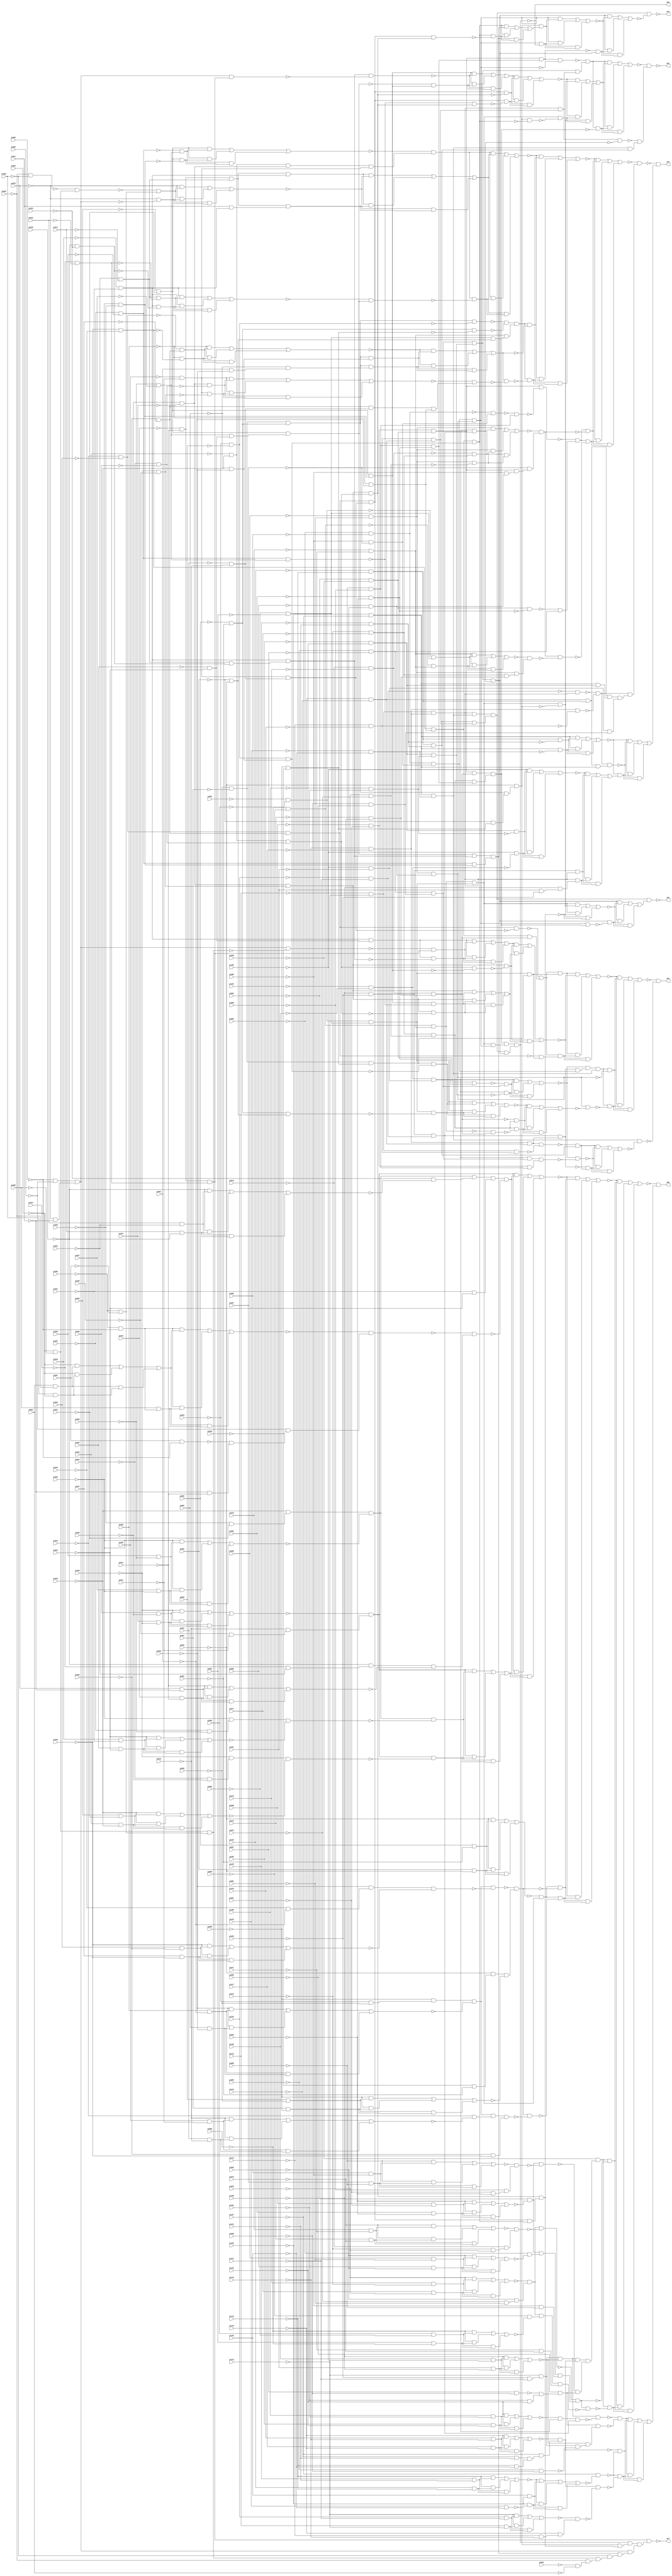
module priority_best_speed (
        pi000, pi001, pi002, pi003, pi004, pi005, pi006, pi007, pi008, pi009, pi010, pi011, pi012, pi013, pi014, pi015, pi016, pi017, pi018, pi019, pi020, pi021, pi022, pi023, pi024, pi025, pi026, pi027, pi028, pi029, pi030, pi031, pi032, pi033, pi034, pi035, pi036, pi037, pi038, pi039, pi040, pi041, pi042, pi043, pi044, pi045, pi046, pi047, pi048, pi049, pi050, pi051, pi052, pi053, pi054, pi055, pi056, pi057, pi058, pi059, pi060, pi061, pi062, pi063, pi064, pi065, pi066, pi067, pi068, pi069, pi070, pi071, pi072, pi073, pi074, pi075, pi076, pi077, pi078, pi079, pi080, pi081, pi082, pi083, pi084, pi085, pi086, pi087, pi088, pi089, pi090, pi091, pi092, pi093, pi094, pi095, pi096, pi097, pi098, pi099, pi100, pi101, pi102, pi103, pi104, pi105, pi106, pi107, pi108, pi109, pi110, pi111, pi112, pi113, pi114, pi115, pi116, pi117, pi118, pi119, pi120, pi121, pi122, pi123, pi124, pi125, pi126, pi127, 
        po0, po1, po2, po3, po4, po5, po6, po7);
input pi000, pi001, pi002, pi003, pi004, pi005, pi006, pi007, pi008, pi009, pi010, pi011, pi012, pi013, pi014, pi015, pi016, pi017, pi018, pi019, pi020, pi021, pi022, pi023, pi024, pi025, pi026, pi027, pi028, pi029, pi030, pi031, pi032, pi033, pi034, pi035, pi036, pi037, pi038, pi039, pi040, pi041, pi042, pi043, pi044, pi045, pi046, pi047, pi048, pi049, pi050, pi051, pi052, pi053, pi054, pi055, pi056, pi057, pi058, pi059, pi060, pi061, pi062, pi063, pi064, pi065, pi066, pi067, pi068, pi069, pi070, pi071, pi072, pi073, pi074, pi075, pi076, pi077, pi078, pi079, pi080, pi081, pi082, pi083, pi084, pi085, pi086, pi087, pi088, pi089, pi090, pi091, pi092, pi093, pi094, pi095, pi096, pi097, pi098, pi099, pi100, pi101, pi102, pi103, pi104, pi105, pi106, pi107, pi108, pi109, pi110, pi111, pi112, pi113, pi114, pi115, pi116, pi117, pi118, pi119, pi120, pi121, pi122, pi123, pi124, pi125, pi126, pi127;
output po0, po1, po2, po3, po4, po5, po6, po7;
wire one, w0, w1, w2, w3, w4, w5, w6, w7, w8, w9, w10, w11, w12, w13, w14, w15, w16, w17, w18, w19, w20, w21, w22, w23, w24, w25, w26, w27, w28, w29, w30, w31, w32, w33, w34, w35, w36, w37, w38, w39, w40, w41, w42, w43, w44, w45, w46, w47, w48, w49, w50, w51, w52, w53, w54, w55, w56, w57, w58, w59, w60, w61, w62, w63, w64, w65, w66, w67, w68, w69, w70, w71, w72, w73, w74, w75, w76, w77, w78, w79, w80, w81, w82, w83, w84, w85, w86, w87, w88, w89, w90, w91, w92, w93, w94, w95, w96, w97, w98, w99, w100, w101, w102, w103, w104, w105, w106, w107, w108, w109, w110, w111, w112, w113, w114, w115, w116, w117, w118, w119, w120, w121, w122, w123, w124, w125, w126, w127, w128, w129, w130, w131, w132, w133, w134, w135, w136, w137, w138, w139, w140, w141, w142, w143, w144, w145, w146, w147, w148, w149, w150, w151, w152, w153, w154, w155, w156, w157, w158, w159, w160, w161, w162, w163, w164, w165, w166, w167, w168, w169, w170, w171, w172, w173, w174, w175, w176, w177, w178, w179, w180, w181, w182, w183, w184, w185, w186, w187, w188, w189, w190, w191, w192, w193, w194, w195, w196, w197, w198, w199, w200, w201, w202, w203, w204, w205, w206, w207, w208, w209, w210, w211, w212, w213, w214, w215, w216, w217, w218, w219, w220, w221, w222, w223, w224, w225, w226, w227, w228, w229, w230, w231, w232, w233, w234, w235, w236, w237, w238, w239, w240, w241, w242, w243, w244, w245, w246, w247, w248, w249, w250, w251, w252, w253, w254, w255, w256, w257, w258, w259, w260, w261, w262, w263, w264, w265, w266, w267, w268, w269, w270, w271, w272, w273, w274, w275, w276, w277, w278, w279, w280, w281, w282, w283, w284, w285, w286, w287, w288, w289, w290, w291, w292, w293, w294, w295, w296, w297, w298, w299, w300, w301, w302, w303, w304, w305, w306, w307, w308, w309, w310, w311, w312, w313, w314, w315, w316, w317, w318, w319, w320, w321, w322, w323, w324, w325, w326, w327, w328, w329, w330, w331, w332, w333, w334, w335, w336, w337, w338, w339, w340, w341, w342, w343, w344, w345, w346, w347, w348, w349, w350, w351, w352, w353, w354, w355, w356, w357, w358, w359, w360, w361, w362, w363, w364, w365, w366, w367, w368, w369, w370, w371, w372, w373, w374, w375, w376, w377, w378, w379, w380, w381, w382, w383, w384, w385, w386, w387, w388, w389, w390, w391, w392, w393, w394, w395, w396, w397, w398, w399, w400, w401, w402, w403, w404, w405, w406, w407, w408, w409, w410, w411, w412, w413, w414, w415, w416, w417, w418, w419, w420, w421, w422, w423, w424, w425, w426, w427, w428, w429, w430, w431, w432, w433, w434, w435, w436, w437, w438, w439, w440, w441, w442, w443, w444, w445, w446, w447, w448, w449, w450, w451, w452, w453, w454, w455, w456, w457, w458, w459, w460, w461, w462, w463, w464, w465, w466, w467, w468, w469, w470, w471, w472, w473, w474, w475, w476, w477, w478, w479, w480, w481, w482, w483, w484, w485, w486, w487, w488, w489, w490, w491, w492, w493, w494, w495, w496, w497;
assign w0 = pi035 & ~pi036;
assign w1 = pi037 & ~pi038;
assign w2 = (~pi038 & w0) | (~pi038 & w1) | (w0 & w1);
assign w3 = ~pi039 & ~pi041;
assign w4 = ~pi043 & w3;
assign w5 = ~w2 & w4;
assign w6 = ~pi029 & ~pi031;
assign w7 = ~pi033 & w6;
assign w8 = pi025 & ~pi026;
assign w9 = pi027 & ~pi028;
assign w10 = (~pi028 & w8) | (~pi028 & w9) | (w8 & w9);
assign w11 = w7 & ~w10;
assign w12 = pi015 & ~pi016;
assign w13 = pi017 & ~pi018;
assign w14 = (~pi018 & w12) | (~pi018 & w13) | (w12 & w13);
assign w15 = ~pi019 & ~w14;
assign w16 = w11 & w15;
assign w17 = ~pi021 & ~pi023;
assign w18 = w16 & w17;
assign w19 = ~pi006 & ~pi008;
assign w20 = pi001 & ~pi002;
assign w21 = pi003 & ~pi004;
assign w22 = (~pi004 & w20) | (~pi004 & w21) | (w20 & w21);
assign w23 = pi005 & w19;
assign w24 = (w19 & w22) | (w19 & w23) | (w22 & w23);
assign w25 = pi007 & ~pi008;
assign w26 = ~pi011 & ~pi013;
assign w27 = ~w25 & w26;
assign w28 = ~pi009 & w27;
assign w29 = ~w24 & w28;
assign w30 = ~pi014 & ~pi016;
assign w31 = ~pi018 & w30;
assign w32 = pi010 & ~pi011;
assign w33 = pi012 & ~pi013;
assign w34 = (~pi013 & w32) | (~pi013 & w33) | (w32 & w33);
assign w35 = w31 & ~w34;
assign w36 = ~w29 & w35;
assign w37 = w18 & ~w36;
assign w38 = ~pi024 & ~pi026;
assign w39 = ~pi028 & w38;
assign w40 = pi020 & ~pi021;
assign w41 = pi022 & ~pi023;
assign w42 = (~pi023 & w40) | (~pi023 & w41) | (w40 & w41);
assign w43 = w39 & ~w42;
assign w44 = w11 & ~w43;
assign w45 = ~pi034 & ~pi036;
assign w46 = ~pi038 & w45;
assign w47 = pi030 & ~pi031;
assign w48 = pi032 & ~pi033;
assign w49 = (~pi033 & w47) | (~pi033 & w48) | (w47 & w48);
assign w50 = w46 & ~w49;
assign w51 = w5 & ~w50;
assign w52 = (w5 & w44) | (w5 & w51) | (w44 & w51);
assign w53 = (w5 & w37) | (w5 & w52) | (w37 & w52);
assign w54 = pi060 & ~pi061;
assign w55 = pi062 & ~pi063;
assign w56 = (~pi063 & w54) | (~pi063 & w55) | (w54 & w55);
assign w57 = ~pi068 & ~pi069;
assign w58 = ~pi070 & ~pi071;
assign w59 = w57 & w58;
assign w60 = ~pi064 & ~pi065;
assign w61 = ~pi066 & ~pi067;
assign w62 = w60 & w61;
assign w63 = w59 & w62;
assign w64 = ~w56 & w63;
assign w65 = ~pi054 & ~pi056;
assign w66 = ~pi058 & w65;
assign w67 = pi050 & ~pi051;
assign w68 = pi052 & ~pi053;
assign w69 = (~pi053 & w67) | (~pi053 & w68) | (w67 & w68);
assign w70 = w66 & ~w69;
assign w71 = ~pi049 & ~pi051;
assign w72 = ~pi053 & w71;
assign w73 = pi045 & ~pi046;
assign w74 = pi047 & ~pi048;
assign w75 = (~pi048 & w73) | (~pi048 & w74) | (w73 & w74);
assign w76 = w72 & ~w75;
assign w77 = w70 & ~w76;
assign w78 = ~pi059 & ~pi061;
assign w79 = ~pi063 & w78;
assign w80 = pi055 & ~pi056;
assign w81 = pi057 & ~pi058;
assign w82 = (~pi058 & w80) | (~pi058 & w81) | (w80 & w81);
assign w83 = w79 & ~w82;
assign w84 = ~w77 & w83;
assign w85 = w64 & ~w84;
assign w86 = pi040 & ~pi041;
assign w87 = pi042 & ~pi043;
assign w88 = (~pi043 & w86) | (~pi043 & w87) | (w86 & w87);
assign w89 = ~pi044 & ~w88;
assign w90 = w70 & w89;
assign w91 = ~pi046 & ~pi048;
assign w92 = w90 & w91;
assign w93 = w84 & ~w92;
assign w94 = w64 & ~w93;
assign w95 = (~w53 & w85) | (~w53 & w94) | (w85 & w94);
assign w96 = ~pi109 & ~pi111;
assign w97 = ~pi113 & w96;
assign w98 = pi105 & ~pi106;
assign w99 = pi107 & ~pi108;
assign w100 = (~pi108 & w98) | (~pi108 & w99) | (w98 & w99);
assign w101 = w97 & ~w100;
assign w102 = pi115 & ~pi116;
assign w103 = pi117 & ~pi118;
assign w104 = (~pi118 & w102) | (~pi118 & w103) | (w102 & w103);
assign w105 = ~pi119 & ~pi121;
assign w106 = ~pi123 & ~pi125;
assign w107 = w105 & w106;
assign w108 = ~pi127 & w107;
assign w109 = ~w104 & w108;
assign w110 = w101 & w109;
assign w111 = pi090 & ~pi091;
assign w112 = pi092 & ~pi093;
assign w113 = (~pi093 & w111) | (~pi093 & w112) | (w111 & w112);
assign w114 = ~pi094 & ~w113;
assign w115 = pi085 & ~pi086;
assign w116 = pi087 & ~pi088;
assign w117 = (~pi088 & w115) | (~pi088 & w116) | (w115 & w116);
assign w118 = ~pi091 & ~pi093;
assign w119 = ~pi089 & w118;
assign w120 = ~w117 & w119;
assign w121 = w114 & ~w120;
assign w122 = pi097 & ~pi098;
assign w123 = ~pi101 & ~pi103;
assign w124 = ~w122 & w123;
assign w125 = ~pi099 & w124;
assign w126 = ~w121 & w125;
assign w127 = w110 & w126;
assign w128 = ~pi095 & w127;
assign w129 = pi075 & ~pi076;
assign w130 = pi077 & ~pi078;
assign w131 = (~pi078 & w129) | (~pi078 & w130) | (w129 & w130);
assign w132 = ~pi079 & ~pi081;
assign w133 = ~pi083 & w132;
assign w134 = ~w131 & w133;
assign w135 = pi070 & ~pi071;
assign w136 = pi072 & ~pi073;
assign w137 = (~pi073 & w135) | (~pi073 & w136) | (w135 & w136);
assign w138 = ~pi076 & ~pi078;
assign w139 = ~pi074 & w138;
assign w140 = ~w137 & w139;
assign w141 = w134 & ~w140;
assign w142 = pi080 & ~pi081;
assign w143 = pi082 & ~pi083;
assign w144 = (~pi083 & w142) | (~pi083 & w143) | (w142 & w143);
assign w145 = ~pi084 & ~w144;
assign w146 = w114 & w145;
assign w147 = ~pi086 & ~pi088;
assign w148 = w146 & w147;
assign w149 = ~w141 & w148;
assign w150 = w128 & ~w149;
assign w151 = pi065 & ~pi066;
assign w152 = pi067 & ~pi068;
assign w153 = (~pi068 & w151) | (~pi068 & w152) | (w151 & w152);
assign w154 = ~pi069 & ~w153;
assign w155 = w134 & w154;
assign w156 = ~pi071 & ~pi073;
assign w157 = w155 & w156;
assign w158 = w149 & ~w157;
assign w159 = w128 & ~w158;
assign w160 = (~w95 & w150) | (~w95 & w159) | (w150 & w159);
assign w161 = pi100 & ~pi101;
assign w162 = pi102 & ~pi103;
assign w163 = (~pi103 & w161) | (~pi103 & w162) | (w161 & w162);
assign w164 = ~pi104 & ~pi105;
assign w165 = ~pi106 & ~pi107;
assign w166 = w164 & w165;
assign w167 = ~w163 & w166;
assign w168 = ~pi108 & ~pi109;
assign w169 = ~pi110 & ~pi111;
assign w170 = w168 & w169;
assign w171 = w167 & w170;
assign w172 = w101 & ~w171;
assign w173 = ~pi096 & ~pi098;
assign w174 = w97 & ~w173;
assign w175 = ~w100 & w174;
assign w176 = w125 & w175;
assign w177 = ~w172 & ~w176;
assign w178 = pi120 & ~pi121;
assign w179 = pi122 & ~pi123;
assign w180 = (~pi123 & w178) | (~pi123 & w179) | (w178 & w179);
assign w181 = pi125 & ~pi126;
assign w182 = pi124 & ~pi125;
assign w183 = ~pi126 & ~w182;
assign w184 = (~w180 & w181) | (~w180 & w183) | (w181 & w183);
assign w185 = ~pi127 & ~w184;
assign w186 = ~w109 & ~w185;
assign w187 = pi110 & ~pi111;
assign w188 = pi112 & ~pi113;
assign w189 = (~pi113 & w187) | (~pi113 & w188) | (w187 & w188);
assign w190 = ~pi114 & ~pi116;
assign w191 = ~pi118 & w190;
assign w192 = ~w189 & w191;
assign w193 = w109 & ~w192;
assign w194 = ~w185 & ~w193;
assign w195 = (w177 & w186) | (w177 & w194) | (w186 & w194);
assign w196 = ~w160 & w195;
assign w197 = ~pi030 & ~pi031;
assign w198 = ~pi024 & ~pi025;
assign w199 = ~pi026 & ~pi027;
assign w200 = ~w198 & w199;
assign w201 = ~pi028 & ~pi029;
assign w202 = w197 & ~w201;
assign w203 = (w197 & w200) | (w197 & w202) | (w200 & w202);
assign w204 = ~pi032 & ~pi033;
assign w205 = ~pi036 & ~pi037;
assign w206 = w204 & w205;
assign w207 = ~pi040 & ~pi041;
assign w208 = w206 & w207;
assign w209 = ~w203 & w208;
assign w210 = ~pi012 & ~pi013;
assign w211 = ~pi016 & ~pi017;
assign w212 = w210 & w211;
assign w213 = ~pi020 & ~pi021;
assign w214 = w212 & w213;
assign w215 = ~pi002 & ~pi003;
assign w216 = ~pi004 & ~pi005;
assign w217 = ~w215 & w216;
assign w218 = ~pi006 & ~pi007;
assign w219 = ~w217 & w218;
assign w220 = ~pi008 & ~pi009;
assign w221 = ~pi010 & ~pi011;
assign w222 = w220 & w221;
assign w223 = ~pi010 & ~w222;
assign w224 = (~pi010 & w219) | (~pi010 & w223) | (w219 & w223);
assign w225 = pi011 & w213;
assign w226 = w212 & w225;
assign w227 = (w214 & ~w224) | (w214 & w226) | (~w224 & w226);
assign w228 = ~pi014 & ~pi015;
assign w229 = w211 & ~w228;
assign w230 = ~pi018 & ~pi019;
assign w231 = w213 & ~w230;
assign w232 = (w213 & w229) | (w213 & w231) | (w229 & w231);
assign w233 = ~pi022 & ~pi023;
assign w234 = w199 & w233;
assign w235 = w197 & w234;
assign w236 = ~w232 & w235;
assign w237 = w209 & ~w236;
assign w238 = (w209 & w227) | (w209 & w237) | (w227 & w237);
assign w239 = ~pi056 & ~pi057;
assign w240 = ~pi060 & ~pi061;
assign w241 = w239 & w240;
assign w242 = ~pi054 & ~pi055;
assign w243 = w241 & ~w242;
assign w244 = ~pi058 & ~pi059;
assign w245 = w240 & ~w244;
assign w246 = ~w243 & ~w245;
assign w247 = ~pi062 & ~pi063;
assign w248 = w61 & w247;
assign w249 = w58 & w248;
assign w250 = w246 & w249;
assign w251 = ~pi044 & ~pi045;
assign w252 = ~pi046 & ~pi047;
assign w253 = ~w251 & w252;
assign w254 = ~pi048 & ~pi049;
assign w255 = ~pi050 & ~w254;
assign w256 = (~pi050 & w253) | (~pi050 & w255) | (w253 & w255);
assign w257 = ~pi052 & ~pi053;
assign w258 = w241 & w257;
assign w259 = pi051 & ~pi053;
assign w260 = ~pi052 & w259;
assign w261 = w241 & w260;
assign w262 = (~w256 & w258) | (~w256 & w261) | (w258 & w261);
assign w263 = w250 & ~w262;
assign w264 = ~pi034 & ~pi035;
assign w265 = w205 & ~w264;
assign w266 = ~pi038 & ~pi039;
assign w267 = w207 & ~w266;
assign w268 = (w207 & w265) | (w207 & w267) | (w265 & w267);
assign w269 = ~pi042 & ~pi043;
assign w270 = w252 & w269;
assign w271 = ~pi050 & ~pi051;
assign w272 = w270 & w271;
assign w273 = ~w268 & w272;
assign w274 = w262 & ~w273;
assign w275 = w250 & ~w274;
assign w276 = (~w238 & w263) | (~w238 & w275) | (w263 & w275);
assign w277 = ~pi090 & ~pi091;
assign w278 = ~pi094 & ~pi095;
assign w279 = w277 & w278;
assign w280 = ~pi084 & ~pi085;
assign w281 = ~pi086 & ~pi087;
assign w282 = ~w280 & w281;
assign w283 = ~pi088 & ~pi089;
assign w284 = ~w282 & w283;
assign w285 = w279 & ~w284;
assign w286 = ~pi092 & ~pi093;
assign w287 = w278 & ~w286;
assign w288 = ~pi096 & ~pi097;
assign w289 = ~w287 & w288;
assign w290 = ~w285 & w289;
assign w291 = ~pi080 & ~pi081;
assign w292 = ~pi074 & ~pi075;
assign w293 = ~pi076 & ~pi077;
assign w294 = ~w292 & w293;
assign w295 = ~pi078 & ~pi079;
assign w296 = w291 & ~w295;
assign w297 = (w291 & w294) | (w291 & w296) | (w294 & w296);
assign w298 = ~pi082 & ~pi083;
assign w299 = ~pi086 & w298;
assign w300 = w279 & w299;
assign w301 = ~pi087 & w300;
assign w302 = ~w297 & w301;
assign w303 = w290 & ~w302;
assign w304 = ~w60 & w61;
assign w305 = ~w57 & w58;
assign w306 = (w58 & w304) | (w58 & w305) | (w304 & w305);
assign w307 = ~pi072 & ~pi073;
assign w308 = w293 & w307;
assign w309 = w291 & w308;
assign w310 = ~w306 & w309;
assign w311 = w302 & ~w310;
assign w312 = w290 & ~w311;
assign w313 = (~w276 & w303) | (~w276 & w312) | (w303 & w312);
assign w314 = ~pi112 & ~pi113;
assign w315 = ~pi116 & ~pi117;
assign w316 = w314 & w315;
assign w317 = ~w169 & w316;
assign w318 = ~pi114 & ~pi115;
assign w319 = w315 & ~w318;
assign w320 = ~w317 & ~w319;
assign w321 = ~pi118 & ~pi119;
assign w322 = ~pi122 & ~pi123;
assign w323 = w321 & w322;
assign w324 = ~pi126 & ~pi127;
assign w325 = ~pi102 & ~pi103;
assign w326 = w324 & w325;
assign w327 = w323 & w326;
assign w328 = ~pi098 & ~pi099;
assign w329 = w165 & w328;
assign w330 = w327 & w329;
assign w331 = w320 & w330;
assign w332 = ~w313 & w331;
assign w333 = ~pi120 & ~pi121;
assign w334 = w322 & ~w333;
assign w335 = ~pi124 & ~pi125;
assign w336 = w324 & ~w335;
assign w337 = (w324 & w334) | (w324 & w336) | (w334 & w336);
assign w338 = w323 & w324;
assign w339 = w320 & w338;
assign w340 = ~pi100 & ~pi101;
assign w341 = w325 & ~w340;
assign w342 = ~pi106 & ~w164;
assign w343 = (~pi106 & w341) | (~pi106 & w342) | (w341 & w342);
assign w344 = w168 & w316;
assign w345 = pi107 & ~pi109;
assign w346 = ~pi108 & w345;
assign w347 = w316 & w346;
assign w348 = (~w343 & w344) | (~w343 & w347) | (w344 & w347);
assign w349 = ~w337 & w348;
assign w350 = (~w337 & ~w339) | (~w337 & w349) | (~w339 & w349);
assign w351 = ~w332 & w350;
assign w352 = w251 & w252;
assign w353 = w207 & w269;
assign w354 = w352 & ~w353;
assign w355 = w254 & w271;
assign w356 = w292 & w307;
assign w357 = w355 & w356;
assign w358 = ~w354 & w357;
assign w359 = w239 & w244;
assign w360 = w62 & w359;
assign w361 = w358 & w360;
assign w362 = w213 & w233;
assign w363 = w216 & w218;
assign w364 = w222 & ~w363;
assign w365 = w210 & w228;
assign w366 = ~w364 & w365;
assign w367 = w211 & w230;
assign w368 = w213 & w367;
assign w369 = w362 & ~w368;
assign w370 = (w362 & w366) | (w362 & w369) | (w366 & w369);
assign w371 = w205 & w266;
assign w372 = w204 & w264;
assign w373 = w197 & w201;
assign w374 = w372 & ~w373;
assign w375 = w371 & ~w374;
assign w376 = w198 & w199;
assign w377 = w373 & ~w376;
assign w378 = w371 & ~w372;
assign w379 = (w371 & w377) | (w371 & w378) | (w377 & w378);
assign w380 = (w370 & w375) | (w370 & w379) | (w375 & w379);
assign w381 = ~w352 & w360;
assign w382 = w358 & w381;
assign w383 = (w361 & ~w380) | (w361 & w382) | (~w380 & w382);
assign w384 = w278 & w286;
assign w385 = w288 & w328;
assign w386 = ~w384 & w385;
assign w387 = w325 & w340;
assign w388 = w166 & ~w387;
assign w389 = (w166 & w386) | (w166 & w388) | (w386 & w388);
assign w390 = w315 & w321;
assign w391 = w170 & w390;
assign w392 = w280 & w281;
assign w393 = w391 & w392;
assign w394 = ~w389 & w393;
assign w395 = w324 & w335;
assign w396 = w394 & w395;
assign w397 = w291 & w298;
assign w398 = w396 & ~w397;
assign w399 = w242 & w257;
assign w400 = w359 & ~w399;
assign w401 = w240 & w247;
assign w402 = w62 & ~w401;
assign w403 = (w62 & w400) | (w62 & w402) | (w400 & w402);
assign w404 = w293 & w295;
assign w405 = ~w356 & w404;
assign w406 = ~w59 & w356;
assign w407 = w404 & ~w406;
assign w408 = (~w403 & w405) | (~w403 & w407) | (w405 & w407);
assign w409 = w397 & ~w408;
assign w410 = w396 & ~w409;
assign w411 = (~w383 & w398) | (~w383 & w410) | (w398 & w410);
assign w412 = w314 & w318;
assign w413 = w390 & ~w412;
assign w414 = w322 & w333;
assign w415 = ~w413 & w414;
assign w416 = w166 & w385;
assign w417 = w277 & w283;
assign w418 = w416 & w417;
assign w419 = ~w389 & ~w418;
assign w420 = ~w391 & w415;
assign w421 = (w415 & ~w419) | (w415 & w420) | (~w419 & w420);
assign w422 = w395 & ~w421;
assign w423 = ~w411 & ~w422;
assign w424 = w283 & w286;
assign w425 = w279 & w424;
assign w426 = w392 & w397;
assign w427 = w425 & ~w426;
assign w428 = w385 & w387;
assign w429 = w318 & w321;
assign w430 = w316 & w429;
assign w431 = w428 & w430;
assign w432 = ~w427 & w431;
assign w433 = w222 & w365;
assign w434 = w368 & ~w433;
assign w435 = ~w235 & w373;
assign w436 = (w373 & ~w434) | (w373 & w435) | (~w434 & w435);
assign w437 = w352 & w353;
assign w438 = w371 & w372;
assign w439 = w437 & ~w438;
assign w440 = ~w376 & w438;
assign w441 = w437 & ~w440;
assign w442 = (w436 & w439) | (w436 & w441) | (w439 & w441);
assign w443 = ~pi062 & w244;
assign w444 = w241 & w443;
assign w445 = ~pi063 & w444;
assign w446 = w63 & ~w445;
assign w447 = w355 & w399;
assign w448 = w445 & ~w447;
assign w449 = w63 & ~w448;
assign w450 = (~w442 & w446) | (~w442 & w449) | (w446 & w449);
assign w451 = w279 & w356;
assign w452 = w404 & w424;
assign w453 = w451 & w452;
assign w454 = w432 & ~w453;
assign w455 = (w432 & w450) | (w432 & w454) | (w450 & w454);
assign w456 = w166 & w170;
assign w457 = w430 & ~w456;
assign w458 = w395 & w414;
assign w459 = ~w457 & w458;
assign w460 = ~w455 & w459;
assign w461 = w316 & w395;
assign w462 = w414 & w429;
assign w463 = w461 & w462;
assign w464 = w428 & w456;
assign w465 = w235 & w368;
assign w466 = w198 & w201;
assign w467 = w465 & w466;
assign w468 = w437 & w438;
assign w469 = w447 & ~w468;
assign w470 = (w447 & w467) | (w447 & w469) | (w467 & w469);
assign w471 = w445 & w470;
assign w472 = w63 & w426;
assign w473 = w453 & w472;
assign w474 = w463 & w464;
assign w475 = w473 & w474;
assign w476 = w426 & ~w475;
assign w477 = (w426 & w471) | (w426 & w476) | (w471 & w476);
assign w478 = ~w425 & w464;
assign w479 = (w464 & ~w477) | (w464 & w478) | (~w477 & w478);
assign w480 = w463 & ~w479;
assign w481 = w437 & w447;
assign w482 = w438 & w481;
assign w483 = (w63 & w446) | (w63 & ~w482) | (w446 & ~w482);
assign w484 = w426 & w453;
assign w485 = w464 & ~w484;
assign w486 = (w464 & ~w483) | (w464 & w485) | (~w483 & w485);
assign w487 = w463 & w486;
assign w488 = w445 & w482;
assign w489 = w475 & w488;
assign w490 = ~pi000 & ~pi001;
assign w491 = ~pi002 & w490;
assign w492 = w363 & w491;
assign w493 = ~pi003 & w492;
assign w494 = w467 & w493;
assign w495 = w222 & w494;
assign w496 = w489 & w495;
assign w497 = w365 & w496;
assign one = 1;
assign po0 = w196;
assign po1 = w351;
assign po2 = w423;
assign po3 = ~w460;
assign po4 = ~w480;
assign po5 = ~w487;
assign po6 = ~w475;
assign po7 = ~w497;
endmodule